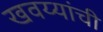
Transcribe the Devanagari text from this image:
खवय्यांची